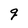
Character: g